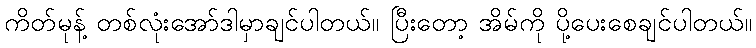
ကိတ်မုန့် တစ်လုံးအော်ဒါမှာချင်ပါတယ်။ ပြီးတော့ အိမ်ကို ပို့ပေးစေချင်ပါတယ်။